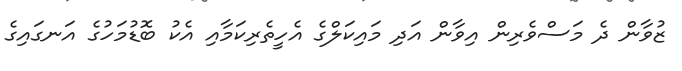
ޒުވާން ދެ މަސްވެރިން އިވާން އަދި މައިކަލްގެ އެހީތެރިކަމާއި އެކު ބޮޑުމަހުގެ އަނގައިގެ